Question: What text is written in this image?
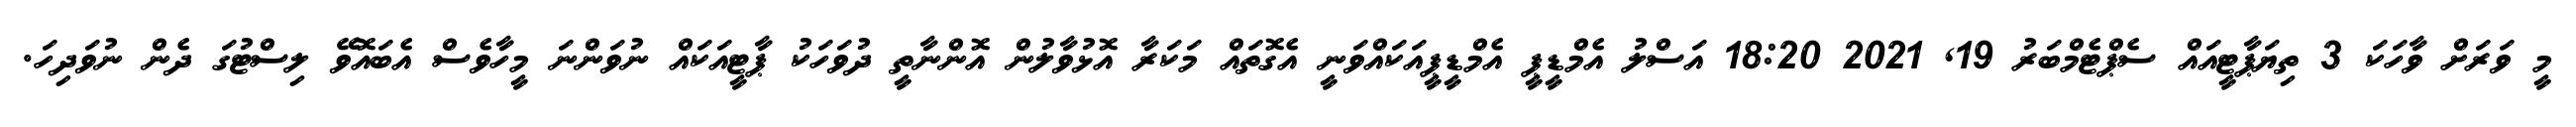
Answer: މީ ވަރަށް ވާހަކަ 3 ތިޔަޕާޓީއައް ސެޕްޓެމްބަރު 19, 2021 18:20 އަސްލު އެމްޑީޕީ އެމްޑީޕީއަކައްވަނީ އެގޮތައް މަކަރާ އޮޅުވާލުން އޮންނާތީ ދުވަހަކު ޕާޓީއަކައް ނުވަންނަ މީހާވެސް އެބައޮވޭ ލިސްޓުގަ ދެން ނުވަދިހަ.